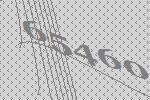
65460